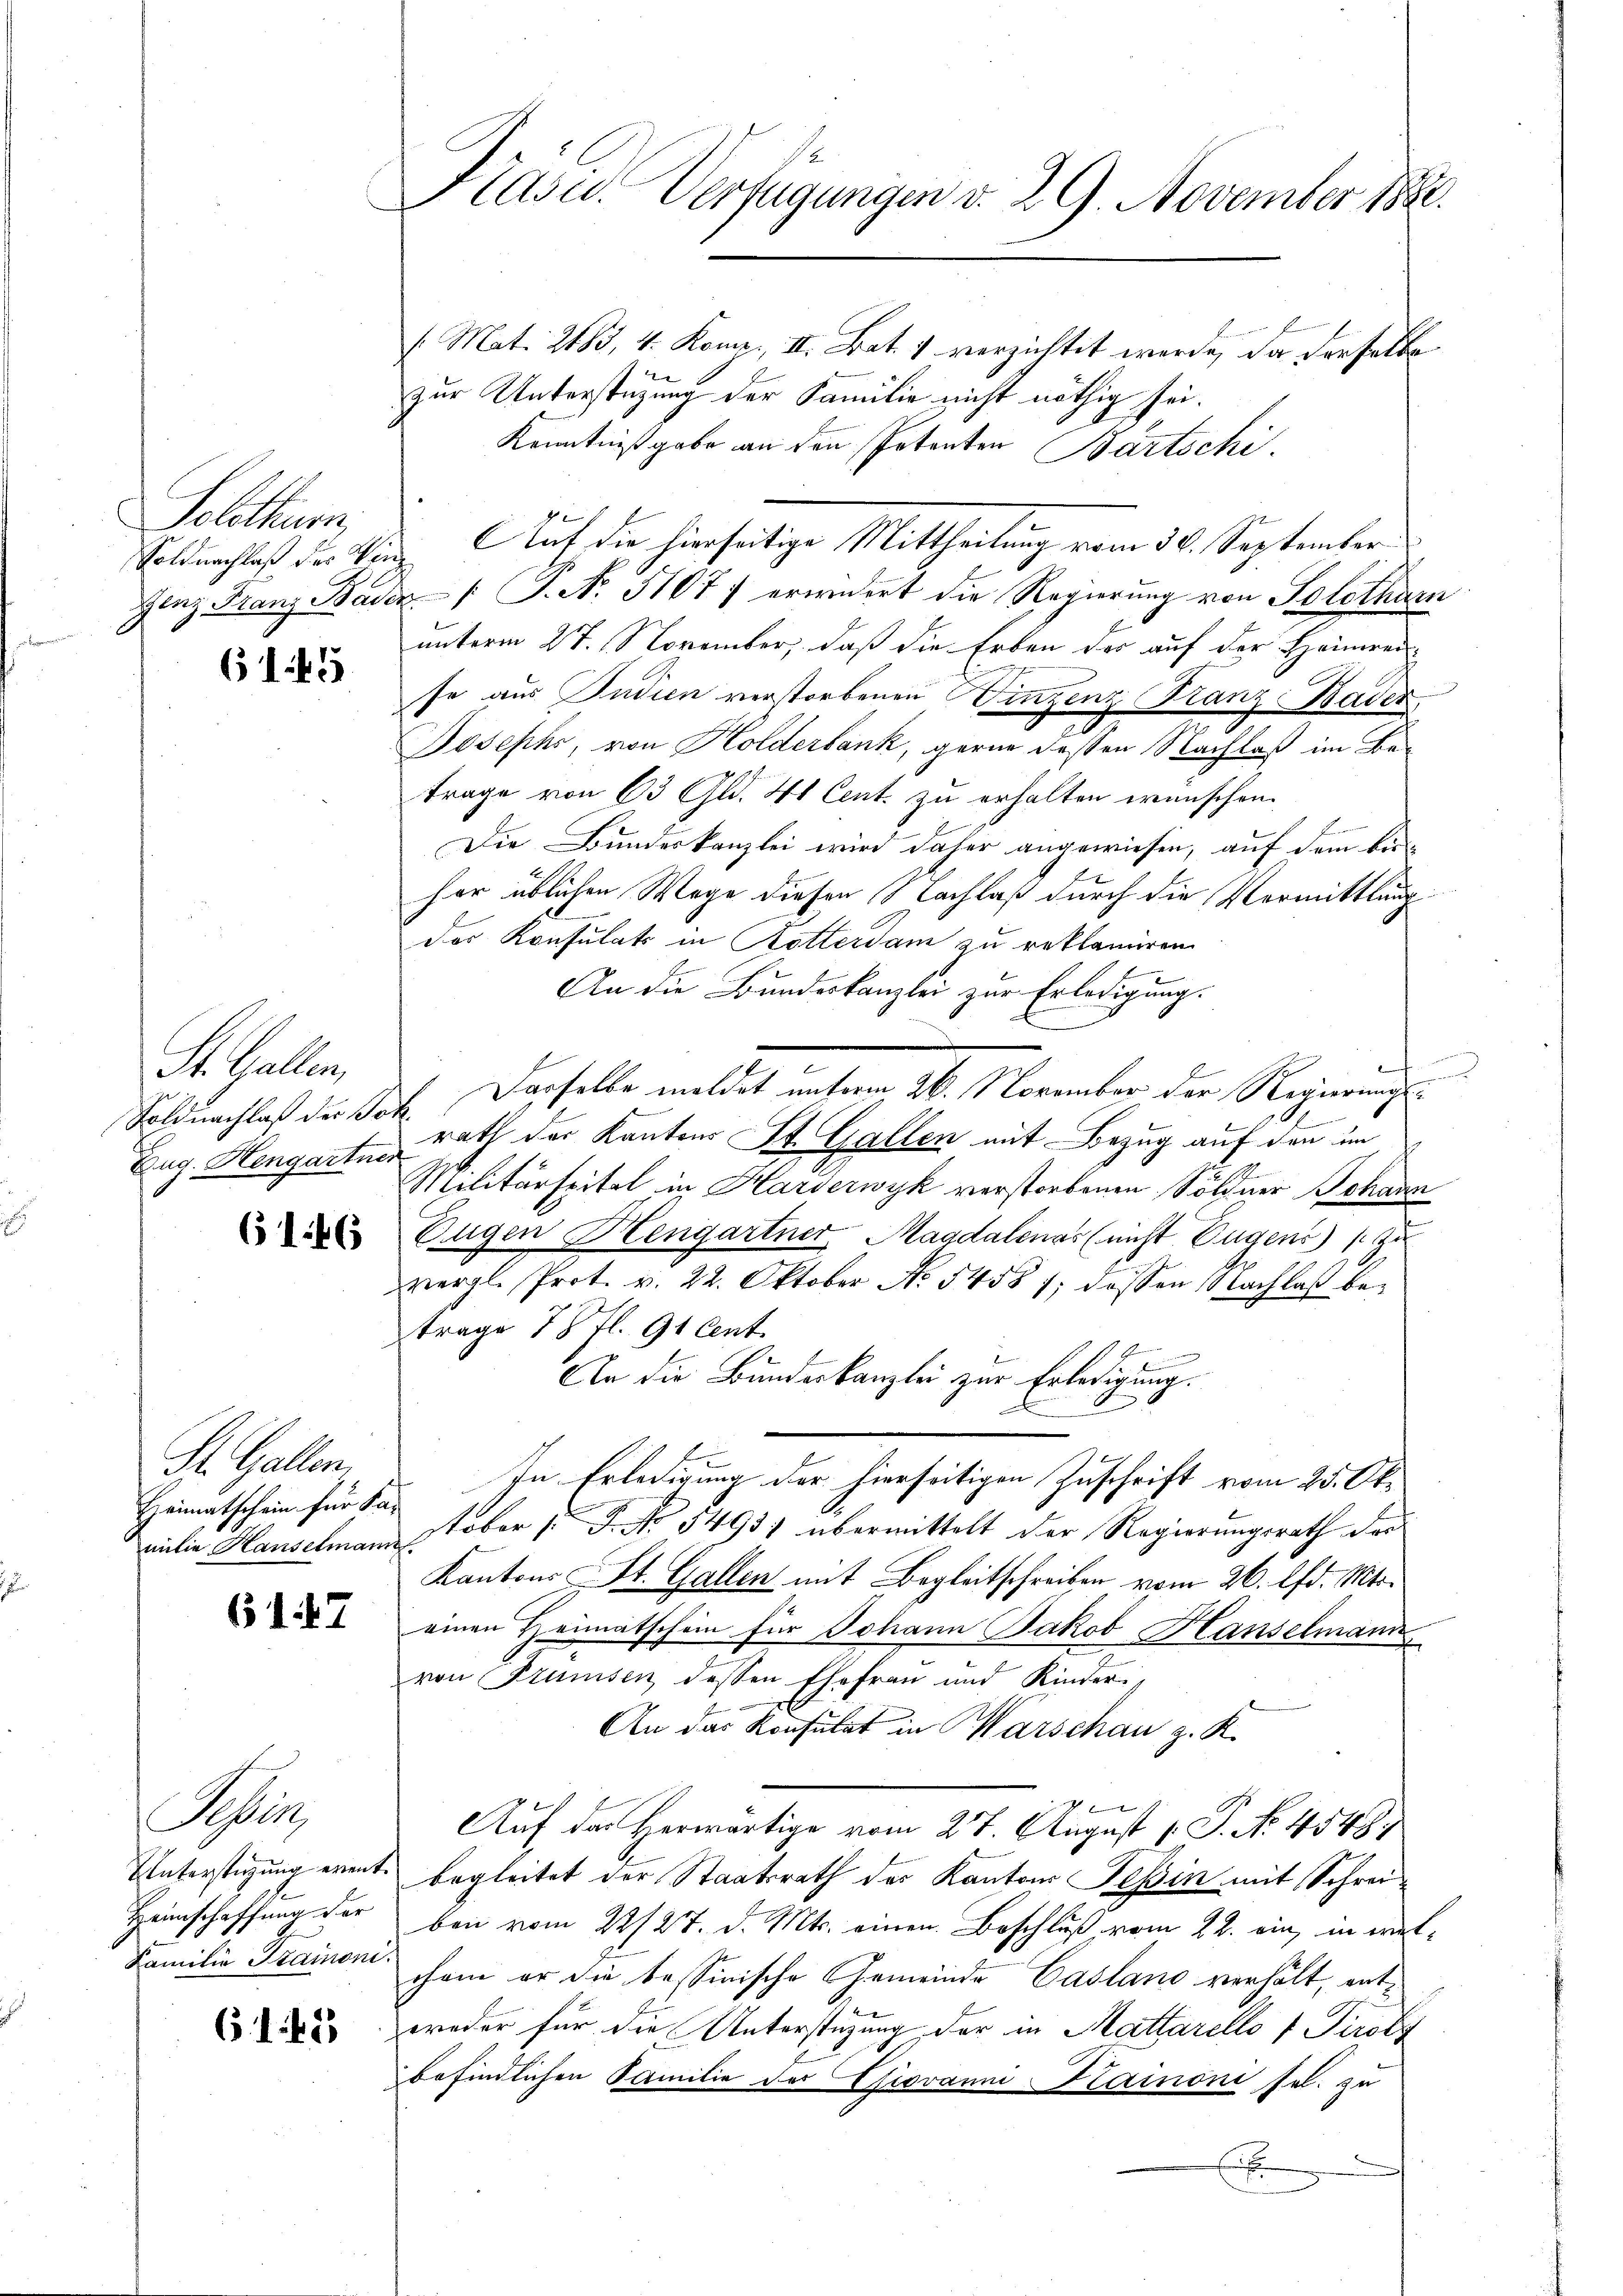
Solothurn,

6145

St. Gallen,
Soldnachlaß der Joh.
Zug. Hengartner

6146

St. Gallen,
Heimatschein für Sa¬

61. 47

Sen
Unterstüzung ereit¬
Heimschaffung der
Familie Stammoni.

61.45

Präsid. Verfügungen d. 29. November 1880.

(Mat. 2183, 4. Komp., II. Bat. 1 verzichtet werde, da derselbe
zur Unterstüzung der Familie nicht nöthig sei.
Kenntnißgabe an den Petenten Bartschi.
g
genz Franz Baden /: P. N. 51077 erwidert die Regierung von Solothurn
unterm 27. November, daß die Erben der auf der Heimreise aus Pudien verstorbenen Vinzenz Kanz-Hader
Josephi, von Holderbank, gerne dessen Nachlaß im Betrage von 63 Gld. 4t Cent. zu erhalten wünschen.
Die Bundeskanzlei wird daher angewiesen, auf dem bisher üblichen Wege diesen Nachlaß durch die Vermittlung
das Konsulats in Rotterdam zu reklamiren.
An die Bundeskanzlei zur Erledigung.
Derselbe meldet unterm 16. November der Regierung
rath der Kantons St. Gallen mit Bezug auf den im
Militärspitel in Harderwyk verstorbenen Söldner Johann
Eugen Hengartner, Magdalenas (nicht Eugens 1
vergl. Prot. v. 22. Oktober No. 54581; dassen Nachlaß betrage 78 fl. 91 Cent.
.
An die Bundeskanzlei zur Erledigung.
In Erledigung der hierseitigen Zuschrift vom 25. Okmilie Hauselmann ober d. J. No 5493) übermittelt der Regierungsrath der
Kantons St. Gallen mit Begleitschreiben vom 26. d. Mts.
einen Heimatschein für Johann Jakob Hanselmann
von Prunsen dessen Ehefrau und Kinderi
An das Konsulat in Warschau z. K.
.
Auf das Herwärtige vom 27. August [ P. No. 4548.
begleitet der Staatsrath des Kantons Tessin mit Schreiben vom 22/27. d. Mts. einen Beschluß vom 22. ein, in welchem er die tessinische Gemeinde Casland verhält, entweder für die Unterstüzung der in Mattarello 1 Tirol
befindlichen Familie des Giovanni Kainoni sel. zu
E

Soldnachlaß des Ven. Auf die hierseitige Mittheilung vom 30. September